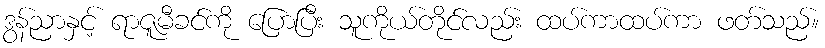
ဒွန်ညာနှင့် ရာဇူမီခင်ကို ပြောပြီး သူကိုယ်တိုင်လည်း ထပ်ကာထပ်ကာ ဖတ်သည်။